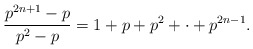
\begin{align*}\frac{p^{2n+1}-p}{p^2-p} = 1 + p + p^2 +\cdot + p^{2n-1}.\end{align*}